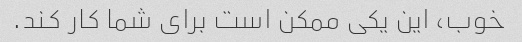
خوب، این یکی ممکن است برای شما کار کند.